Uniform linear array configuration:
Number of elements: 8
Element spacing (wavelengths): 1
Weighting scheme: blackman
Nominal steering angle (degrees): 0
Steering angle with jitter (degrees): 1.013
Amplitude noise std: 0.05
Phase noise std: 0.05

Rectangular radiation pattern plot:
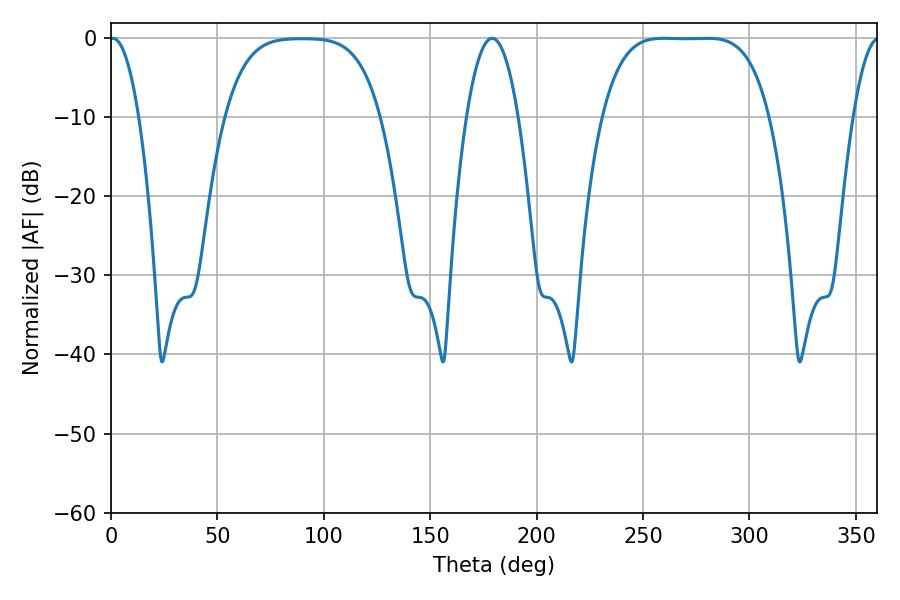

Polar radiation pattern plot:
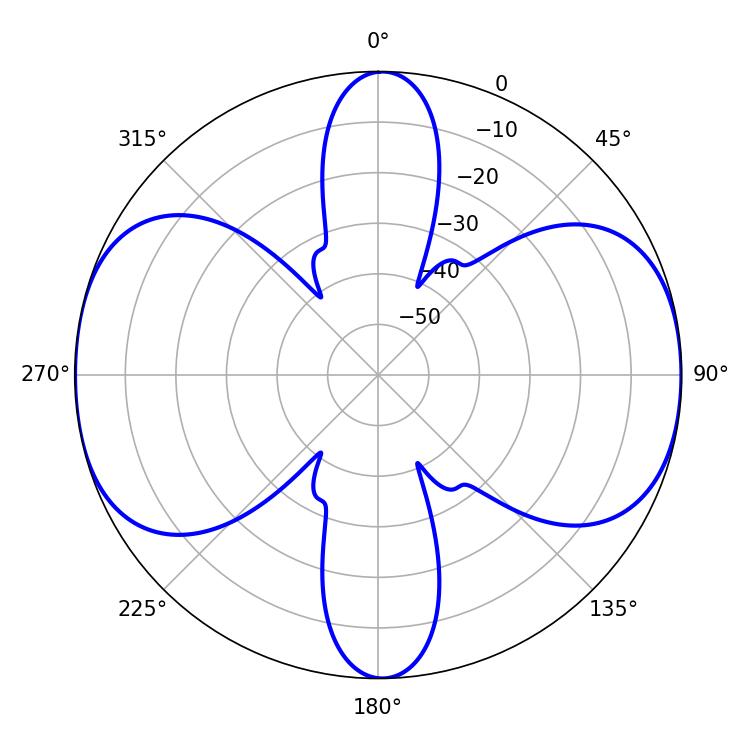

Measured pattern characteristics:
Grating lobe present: TRUE
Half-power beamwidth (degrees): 7.56
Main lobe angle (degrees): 0.9